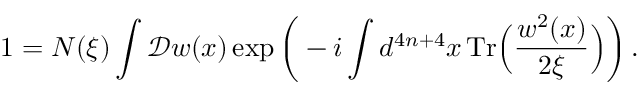
1 = N ( \xi ) \int \mathcal { D } w ( x ) \exp \bigg ( - i \int d ^ { 4 n + 4 } x \, \mathrm { T r } \Big ( \frac { w ^ { 2 } ( x ) } { 2 \xi } \Big ) \bigg ) \, .